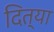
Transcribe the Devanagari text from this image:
दित्या